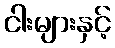
ငါးများနှင့်